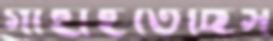
গাহাইতেছিস